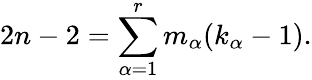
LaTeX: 2n-2=\sum_{\alpha=1}^{r}m_{\alpha}(k_{\alpha}-1).